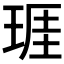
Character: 𤦐